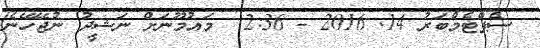
ސެޕްޓެމްބަރު 14